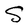
Character: S